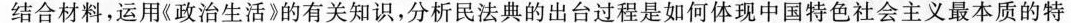
结合材料，运用《政治生活》的有关知识，分析民法典的出台过程是如何体现中国特色社会主义最本质的特